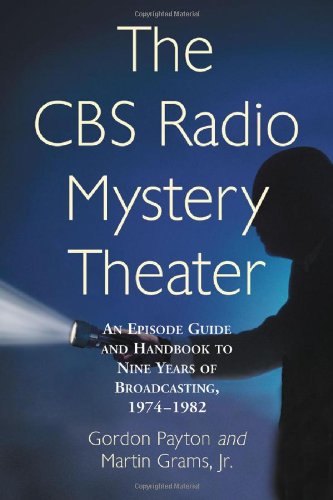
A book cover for The CBS Radio Mystery Theater: An Episode Guide and Handbook to Nine Years of Broadcasting, 1974-1982; Gordon Payton; Humor & Entertainment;